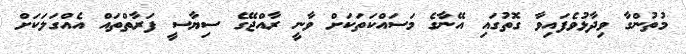
މުތުންގާ ވިދާޅުވެފައިވާ ގޮތުގައި އޭނާގެ މަސައްކަތަކަށް ވާނީ ރާއްޖޭގެ ސިޔާސީ ފަރާތްތައް އެއްގަލަކަށް